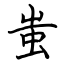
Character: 蚩